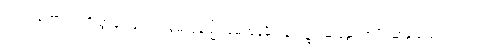
လည်းကောင်း။ ဒိသွာန၊ မြင်၍။ မေထုနသ္မိံ၊ မေထုန်မှီဝဲခြင်း၌။ ဆန္ဒော အပိ၊ ဆန္ဒသည်လည်း။